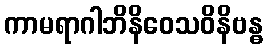
ကာမရာဂါဘိနိဝေသဝိနိဗန္ဓ